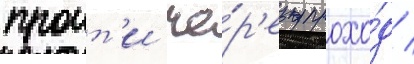
проит'и че́р'ез прохо́д /